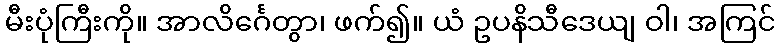
မီးပုံကြီးကို။ အာလိင်္ဂေတွာ၊ ဖက်၍။ ယံ ဥပနိသီဒေယျ ဝါ၊ အကြင်